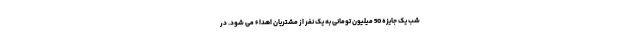
شب یک جایزه 50 میلیون تومانی به یک نفر از مشتریان اهداء می شود. در